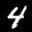
Label: 4